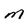
Character: m